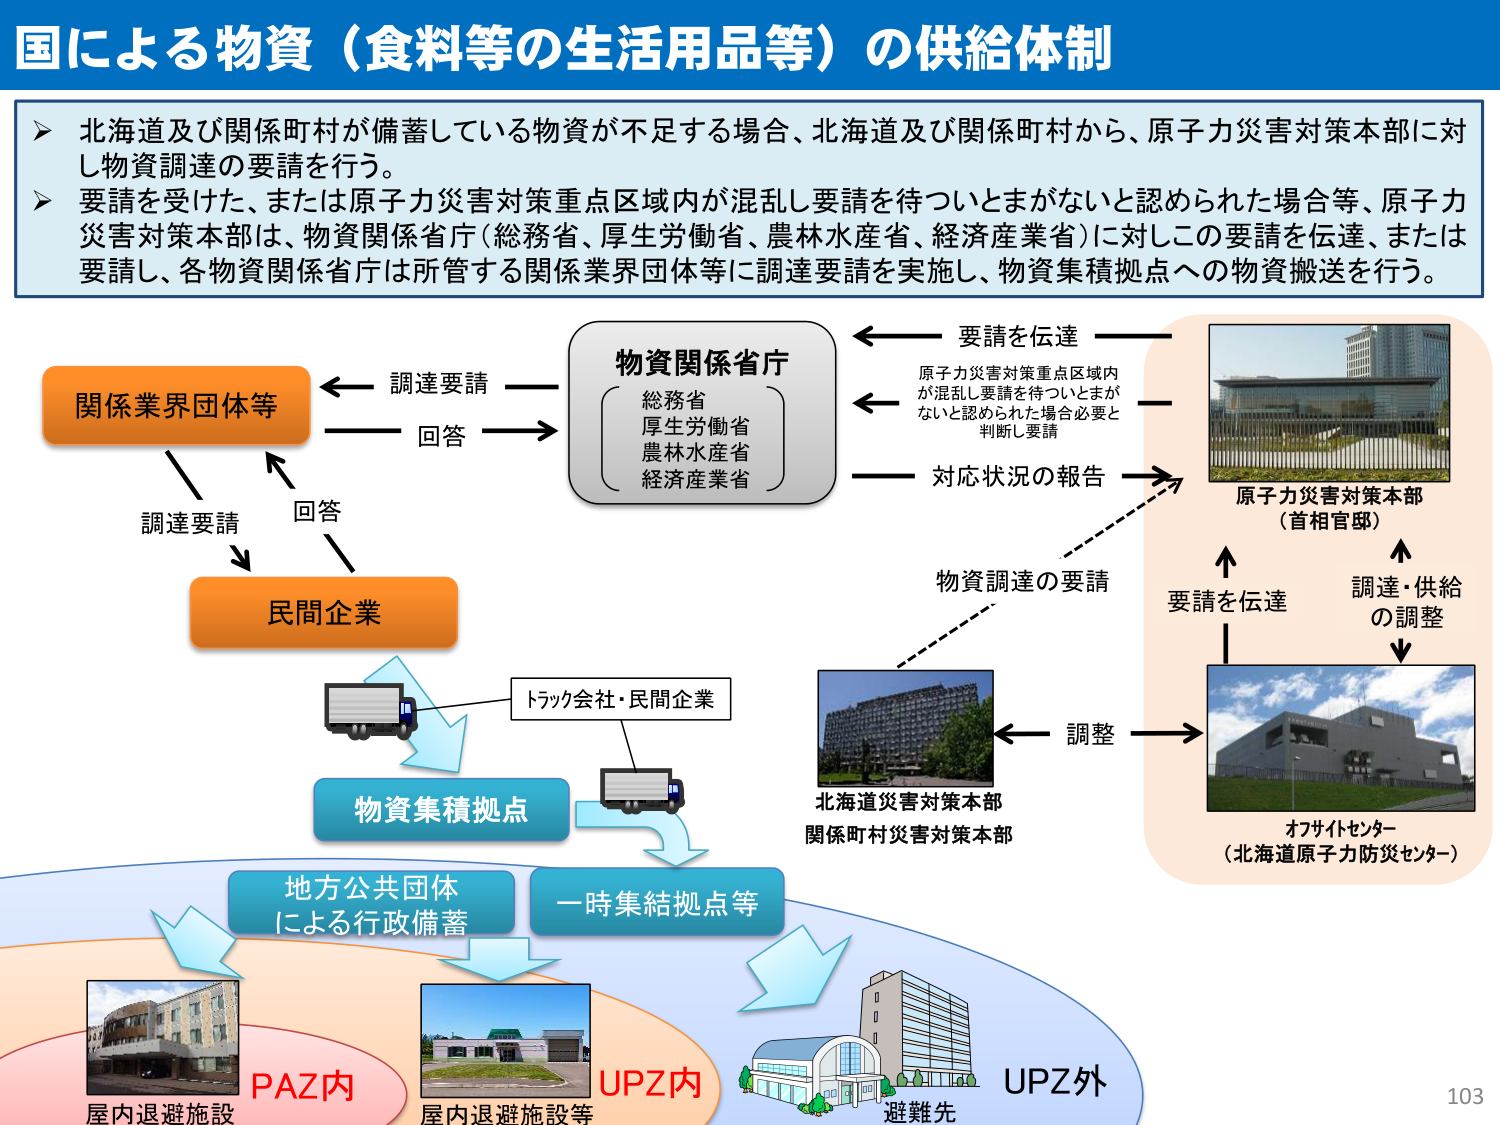
国による物資（食料等の生活用品等）の供給体制

▶ 北海道及び関係町村が備蓄している物資が不足する場合、北海道及び関係町村から、原子力災害対策本部に対し物資調達の要請を行う。
▶ 要請を受けた、または原子力災害対策重点区域内が混乱し要請を待ついとまがないと認められた場合等、原子力災害対策本部は、物資関係省庁（総務省、厚生労働省、農林水産省、経済産業省）に対しこの要請を伝達、または要請し、各物資関係省庁は所管する関係業界団体等に調達要請を実施し、物資集積拠点への物資搬送を行う。

関係業界団体等
← 調達要請 → 物資関係省庁
（総務省
厚生労働省
農林水産省
経済産業省）
← 回答 →
調達要請
↓
民間企業
↓
トラック会社・民間企業
↓
物資集積拠点
↓
地方公共団体
による行政備蓄
一時集結拠点等

要請を伝達
原子力災害対策重点区域内
が混乱し要請を待ついとまが
ないと認められた場合必要と
判断し要請
→ 対応状況の報告
→ 物資調達の要請
→ 要請を伝達
→ 調達・供給
の調整
→ 調整

原子力災害対策本部
（首相官邸）

北海道災害対策本部
関係町村災害対策本部

オフサイトセンター
（北海道原子力防災センター）

PAZ内
屋内退避施設

UPZ内
屋内退避施設等

UPZ外
避難先

103